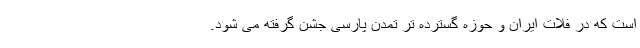
است که در فلات ایران و حوزه گسترده تر تمدن پارسی جشن گرفته می شود.